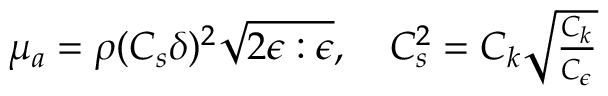
\begin{array} { r } { \mu _ { a } = \rho ( C _ { s } \delta ) ^ { 2 } \sqrt { 2 \boldsymbol { \epsilon } : \boldsymbol { \epsilon } } , \quad C _ { s } ^ { 2 } = C _ { k } \sqrt { \frac { C _ { k } } { C _ { \epsilon } } } } \end{array}